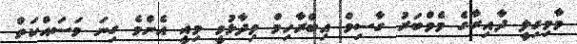
މާމިގިލީ ދާއިރާގެ މެމްބަރު ގާސިމް އިބްރާހިމް ވިދާޅުވީ މިއީ އެންމެ ގިނަ މަސައްކަތް